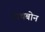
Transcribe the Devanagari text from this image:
राथबोन